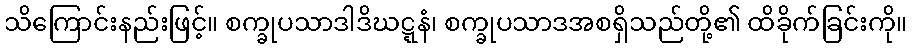
သိကြောင်းနည်းဖြင့်။ စက္ခုပသာဒါဒိဃဋ္ဋနံ၊ စက္ခုပသာဒအစရှိသည်တို့၏ ထိခိုက်ခြင်းကို။